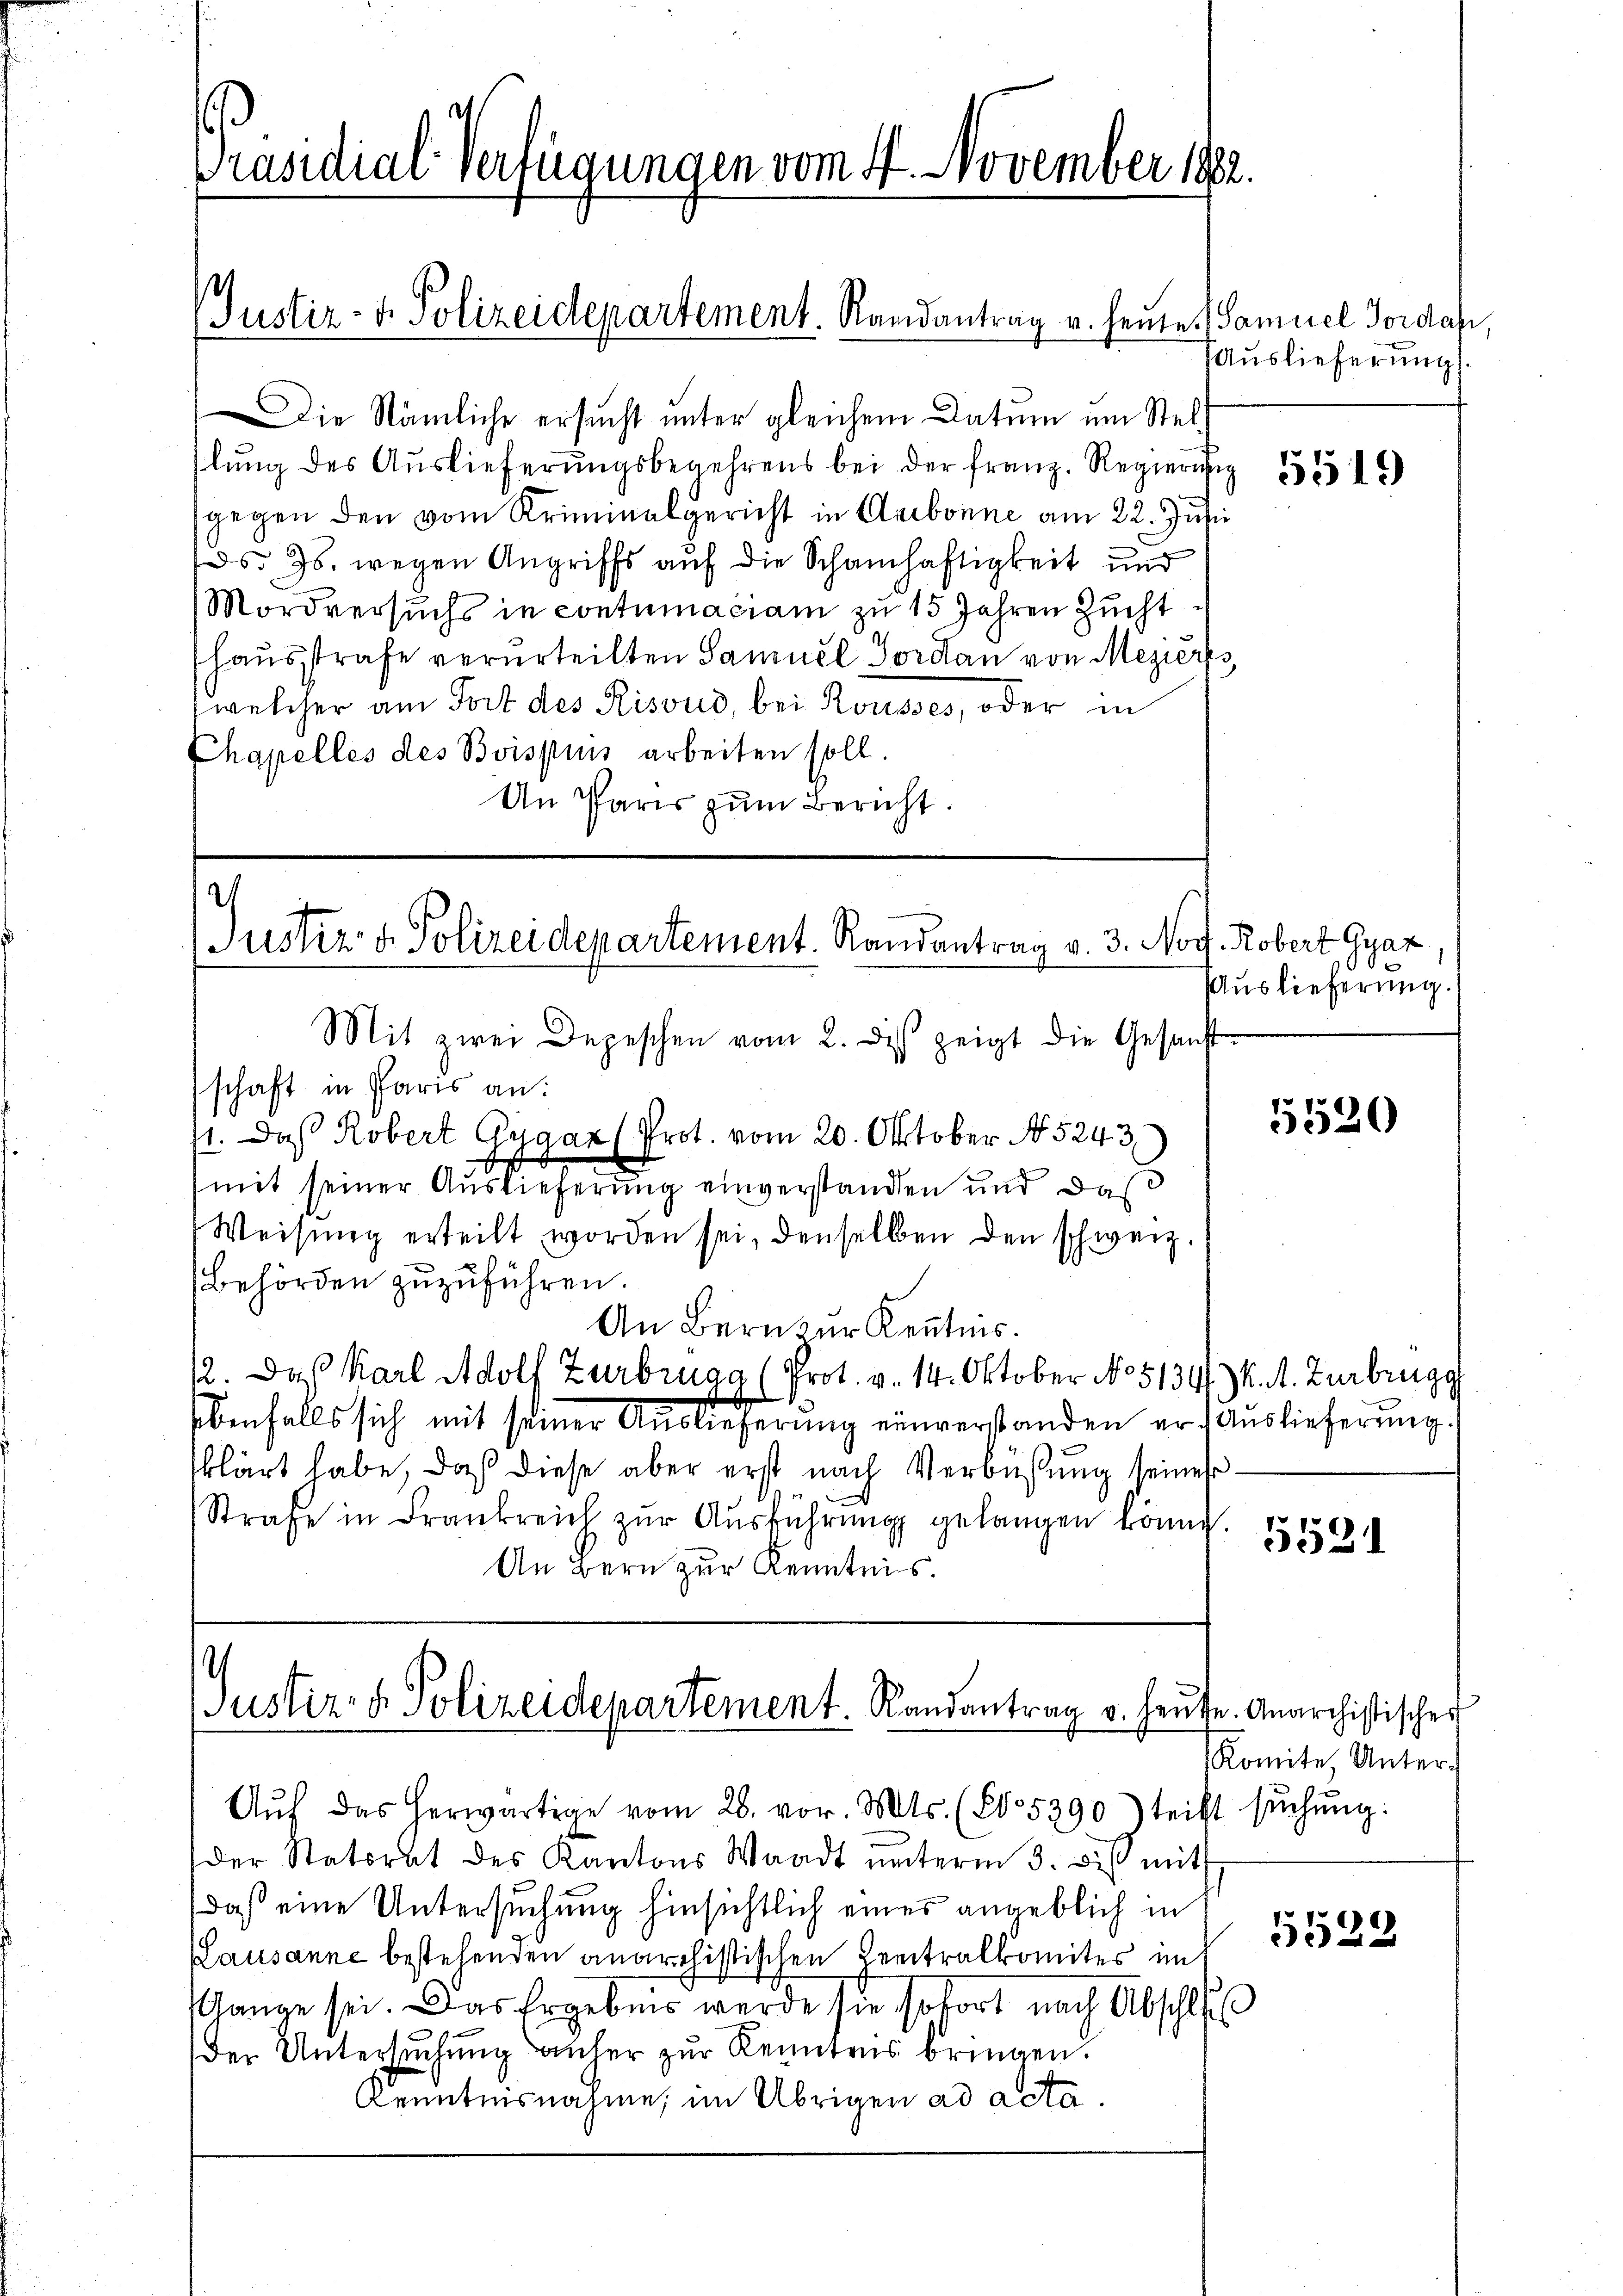
Präsidial-Verfügungen vom 4. November 1882.

Justiz- & Polizeidepartement. Randantrag u. heute. (Samuel Jordan

2
Justiz- & Polizeidepartement. Randantrag v. 3. Nov. Robert Gyaz.

Justiz- & Polizeidepartement. Randantrag v. Heute. Anarchistischen
Aŭf das herwärtige vom 28. vor. Mts. (T. 5290) teilt sŭchŭng.

Die Nämliche ersucht unter gleichem Datum um Stellŭng des Auslieferungsbegehrens bei der franz. Regierung
gegen den vom Kriminalgericht in Carbonne am 22. Juni
ds Jb. wegen Angriffs auf die Schamhaftigkeit und
Mordversuchs in contumaciam zu 15 Jahren Zucht
hausstrafe verurteilten Samuel Jordan von Meziers,
(welcher am Fort des Risous, bei Rousses, oder in
Chapelles des Boispuis arbeiten soll.
An Paris zŭm Bericht.

Mit zwei Depeschen vom 2. des zeigt die Gesanst-
schaft in Paris an:
71. Daß Robert Gygan (Prot. vom 20. Oktober No 5243.
(mit seiner Auslieferung einverstanden und das
Weisung erteilt worden sei, denselben den schweiz.
Behörden zuzuführen.
An Bern zur Kenntnis.
12. Daß Karl Adolf Zurbrugg (Prot. v. 14. Oktober No 5134) K. A. Zurbrugg
ebenfalls sich mit seiner Auslieferung einverstanden er Auslieferung.
klärt habe, daß diese aber erst nach Verbüßung seines
Strafe in Frankreich zŭr Aŭsführŭng gelangen könne.
An Bern zur Kenntnis.

der Statorat des Kantons Waadt unterm 3. bis mit
daß eine Untersuchung hinsichtlich eines angeblich in
(Lausanne bestehenden anarchistischen Centralkomites im
Gange sei. Das Ergebnis werde sie sofort nach Abschluss
der Untersuchung anher zur Kenntens bringen.
Kenntnisnahme, im Übrigen ad acta.

Auslieferung

5519

Auslieferung.

5520

5531

Komite, Unter¬

5529